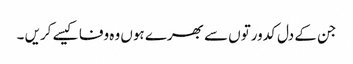
جن کے دل کدورتوں سے بھرے ہوں وہ وفا کیسے کریں ۔